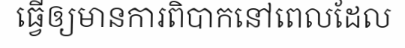
ធ្វើឲ្យមានការពិបាកនៅពេលដែល